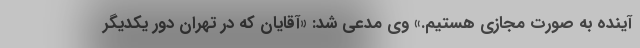
آینده به صورت مجازی هستیم.» وی مدعی شد: «آقایان که در تهران دور یکدیگر